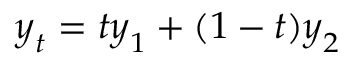
\boldsymbol { y } _ { t } = t \boldsymbol { y } _ { 1 } + ( 1 - t ) \boldsymbol { y } _ { 2 }